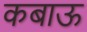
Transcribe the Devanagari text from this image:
कबाऊ